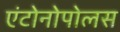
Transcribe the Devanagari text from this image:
एंटोनोपोलस